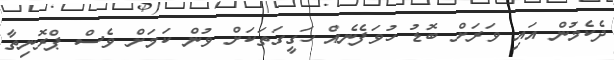
ދެކެމުން އައި ވަރަށް ބޮޑު ހުވަފެނެއް ހަގީގަތަަކަށް ވުން ކަމަށް ވެސް ޕްރޮނިތާ